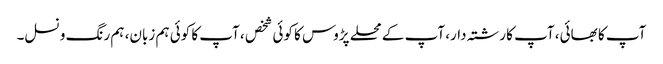
آپ کا بھائی، آپ کا رشتہ دار، آپ کے محلے پڑوس کا کوئی شخص ، آپ کا کوئی ہم زبان، ہم رنگ و نسل۔